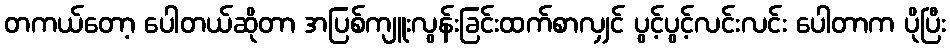
တကယ်တော့ ပေါတယ်ဆိုတာ အပြစ်ကျူးလွန်းခြင်းထက်စာလျှင် ပွင့်ပွင့်လင်းလင်း ပေါတာက ပိုပြီး